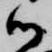
御